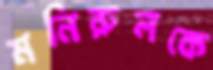
মনিরুলকে